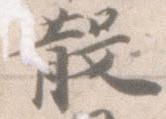
散